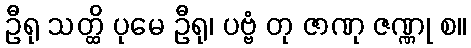
ဦရု သတ္ထိ ပုမေ ဦရု၊ ပဗ္ဗံ တု ဇာဏု ဇဏ္ဏု စ။